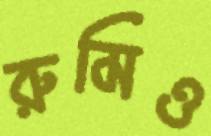
রুমিও